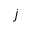
j